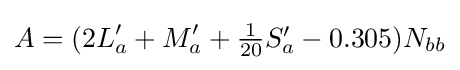
A=(2L_{a}^{\prime }+M_{a}^{\prime }+\textstyle {\frac {1}{20}}S_{a}^{\prime }-0.305)N_{bb}